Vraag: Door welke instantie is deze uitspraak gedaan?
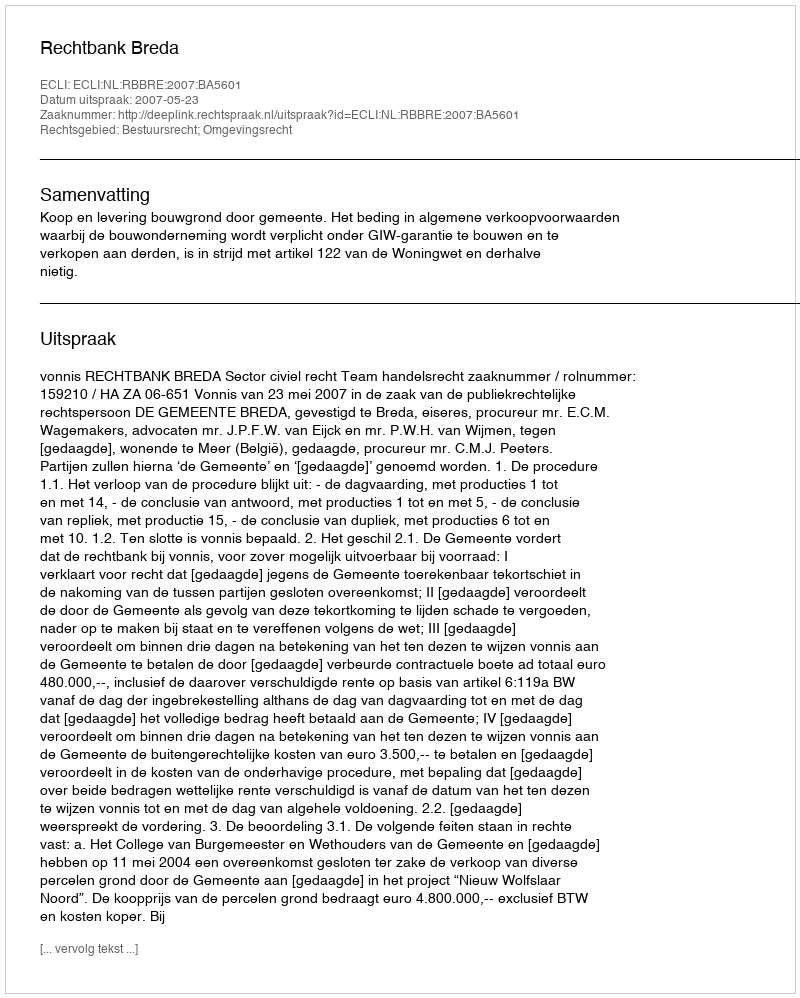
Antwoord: Rechtbank Breda